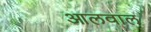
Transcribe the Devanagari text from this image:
आलवाल